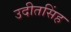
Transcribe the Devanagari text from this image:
उदीतसिंह